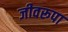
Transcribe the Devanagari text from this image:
जीवरूपा